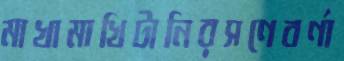
মাখামাখিটানিরসণেবর্ণা